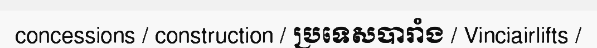
concessions / construction / ប្រទេសបារាំង / Vinciairlifts /